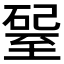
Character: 𥔊